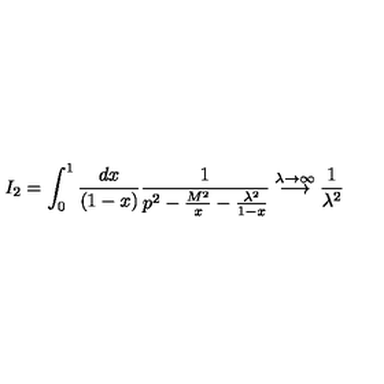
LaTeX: I _ { 2 } = \int _ { 0 } ^ { 1 } \frac { d x } { ( 1 - x ) } \frac { 1 } { p ^ { 2 } - \frac { M ^ { 2 } } { x } - \frac { \lambda ^ { 2 } } { 1 - x } } \stackrel { \lambda \rightarrow \infty } { \longrightarrow } \frac { 1 } { \lambda ^ { 2 } }